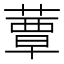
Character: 蕈